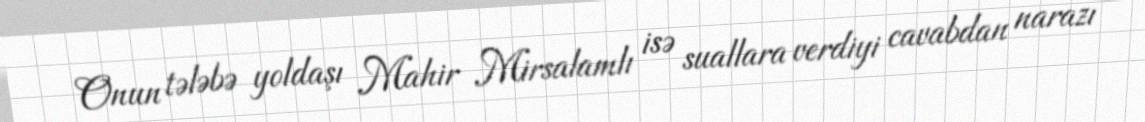
Onun tələbə yoldaşı Mahir Mirsalamlı isə suallara verdiyi cavabdan narazı